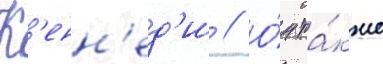
К'енн'ед'и // О́н та́кже